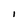
Character: I